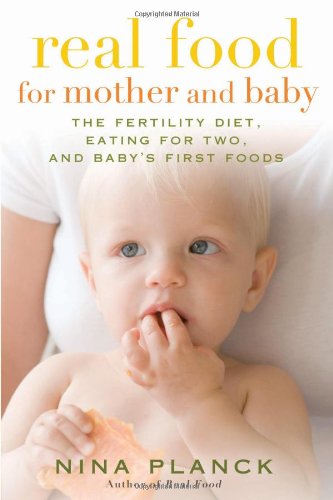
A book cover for Real Food for Mother and Baby: The Fertility Diet, Eating for Two, and Baby's First Foods; Nina Planck; Cookbooks, Food & Wine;